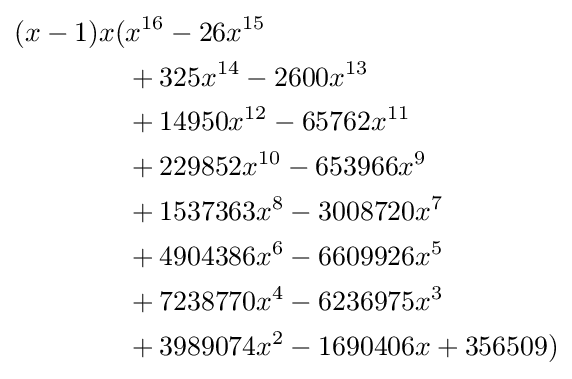
{\begin{aligned}(x-1)x(&x^{16}-26x^{15}\\&+325x^{14}-2600x^{13}\\&+14950x^{12}-65762x^{11}\\&+229852x^{10}-653966x^{9}\\&+1537363x^{8}-3008720x^{7}\\&+4904386x^{6}-6609926x^{5}\\&+7238770x^{4}-6236975x^{3}\\&+3989074x^{2}-1690406x+356509)\end{aligned}}